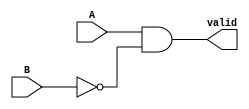
module grover_compare10(A, B, valid);
    input A, B;
    output valid;
    assign valid = A & (~B);
endmodule